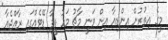
މީގެ އިތުރުން އިންޑިއާ އިން ވަނީ މާޗު މަހު ފީފާ ޑޭޓެއްގައި ރާއްޖެއާ